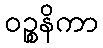
ဝဉ္စနိကာ